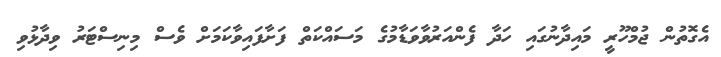
އެގޮތުން ޖުމްހޫރީ މައިދާނުގައި ހަދާ ފެންއަރުވާވަޑާމުގެ މަސައްކަތް ފަށާފައިވާކަމަށް ވެސް މިނިސްޓަރު ވިދާޅުވި